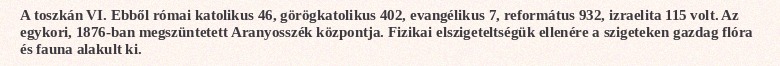
A toszkán VI. Ebből római katolikus 46, görögkatolikus 402, evangélikus 7, református 932, izraelita 115 volt. Az egykori, 1876-ban megszüntetett Aranyosszék központja. Fizikai elszigeteltségük ellenére a szigeteken gazdag flóra és fauna alakult ki.